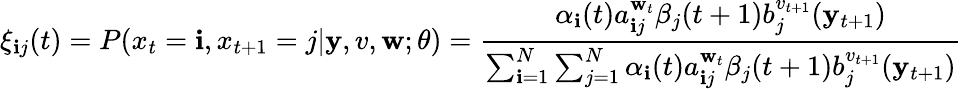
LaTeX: \xi_{\mathbf{i}j}(t)=P(x_{t}=\mathbf{i},x_{t+1}=j|\mathbf{y},v,\mathbf{w};\theta)={\frac{{\alpha_{\mathbf{i}}(t)a_{\mathbf{i}j}^{\mathbf{w}_{t}}\beta_{j}(t+1)b_{j}^{v_{t+1}}(\mathbf{y}_{t+1})}}{{\sum_{\mathbf{i}=1}^{N}\sum_{j=1}^{N}\alpha_{\mathbf{i}}(t)a_{\mathbf{i}j}^{\mathbf{w}_{t}}\beta_{j}(t+1)b_{j}^{v_{t+1}}(\mathbf{y}_{t+1})}}}